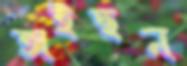
অইছন